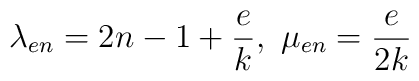
\lambda_{en}=2n-1+\frac{e}{k},\ \mu_{en}=\frac{e}{2k}